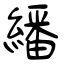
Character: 繙